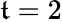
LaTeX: \mathfrak{t}=2